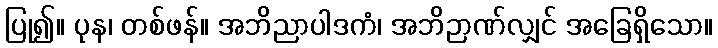
ပြု၍။ ပုန၊ တစ်ဖန်။ အဘိညာပါဒကံ၊ အဘိဉာဏ်လျှင် အခြေရှိသော။